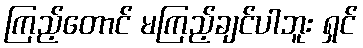
ကြည့်တောင် မကြည့်ချင်ပါဘူး ရှင်